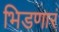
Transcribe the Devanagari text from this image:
भिडणारं